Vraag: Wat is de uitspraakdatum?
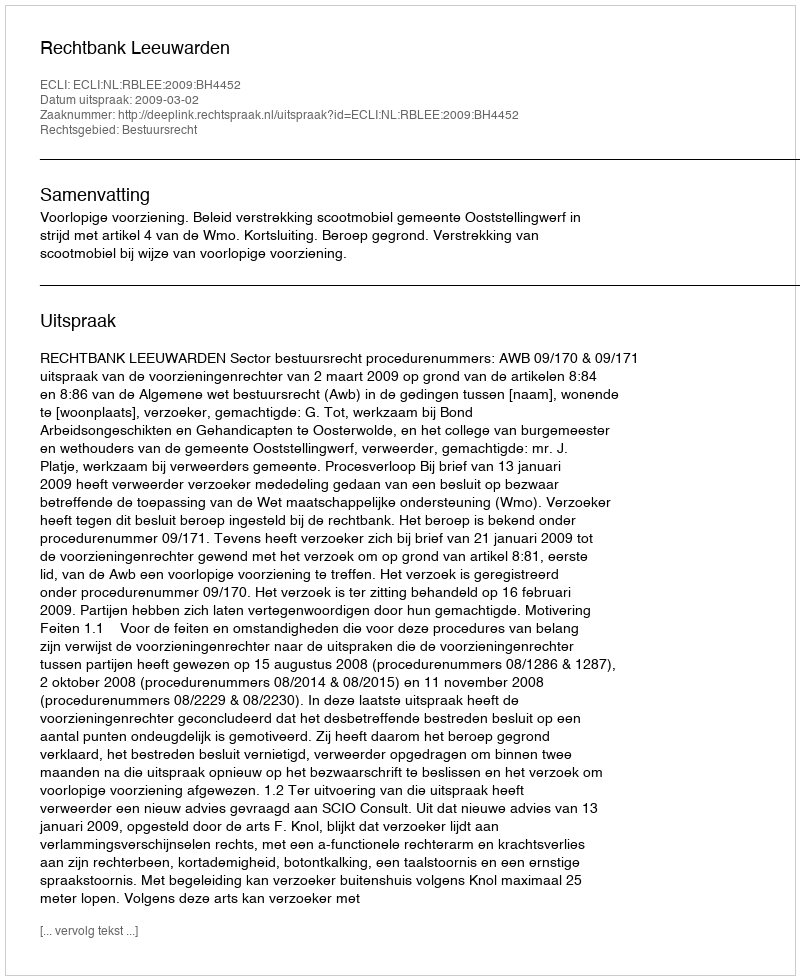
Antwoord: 2009-03-02